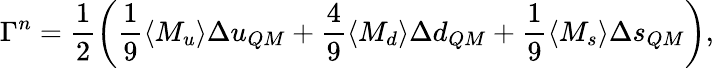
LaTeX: \Gamma^{n}=\frac{1}{2}\left(\frac{1}{9}\langle M_{u}\rangle\Delta u_{QM}+\frac{4}{9}\langle M_{d}\rangle\Delta d_{QM}+\frac{1}{9}\langle M_{s}\rangle\Delta s_{QM}\right),